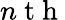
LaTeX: n\mathrm{~t~h~}